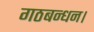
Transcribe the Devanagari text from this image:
गठबन्धन।